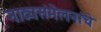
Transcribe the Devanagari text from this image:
नाट्यसंमेलनांचे